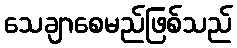
သေချာစေမည်ဖြစ်သည်